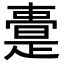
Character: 𭧢